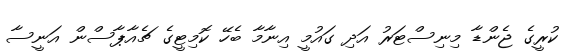
ކުރީގެ ޖެންޑާ މިނިސްޓަރު އަދި ގައުމީ އިނާމާ ބެހޭ ކޮމިޓީގެ ޗެއާޕާސްން އަނީސާ